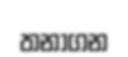
තනාගන